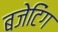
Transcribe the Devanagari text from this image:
बजेटिंग